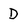
Character: D